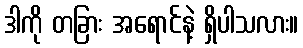
ဒါကို တခြား အရောင်နဲ့ ရှိပါသလား။